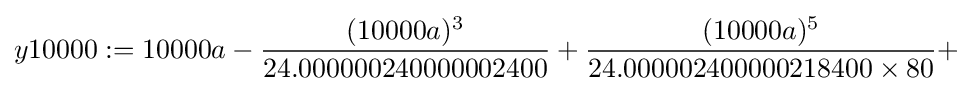
y10000:=10000a-{\frac {(10000a)^{3}}{24.000000240000002400}}+{\frac {(10000a)^{5}}{24.000002400000218400\times 80}}+